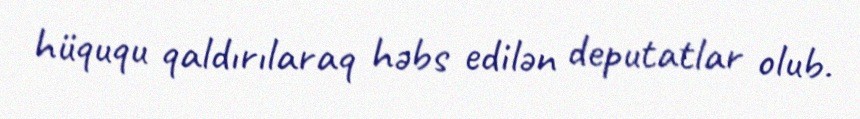
hüququ qaldırılaraq həbs edilən deputatlar olub.